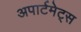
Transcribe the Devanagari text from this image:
अपार्टमेट्स